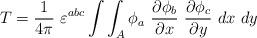
LaTeX: \begin{align*}T=\frac{1}{4\pi}~\varepsilon^{abc}\int\int_A \phi_a~\frac{\partial\phi_b}{\partial x}~\frac{\partial\phi_c}{\partial y}~dx~dy\end{align*}